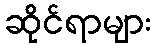
ဆိုင်ရာများ